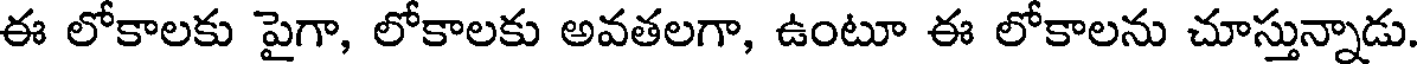
ఈ లోకాలకు పైగా, లోకాలకు అవతలగా, ఉంటూ ఈ లోకాలను చూస్తున్నాడు.